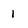
Character: 1